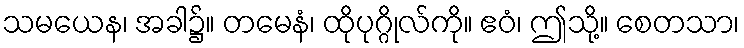
သမယေန၊ အခါ၌။ တမေနံ၊ ထိုပုဂ္ဂိုလ်ကို။ ဧဝံ၊ ဤသို့။ စေတသာ၊